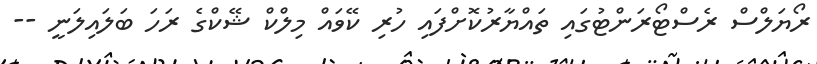
ރޯޔަލްސް ރެސްޓޯރަންޓުގައި ތައްޔާރުކޮށްފައި ހުރި ކޭވައް މިލްކް ޝޭކްގެ ރަހަ ބަލައިލަނީ --